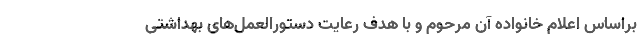
براساس اعلام خانواده آن مرحوم و با هدف رعایت دستورالعمل‌های بهداشتی